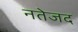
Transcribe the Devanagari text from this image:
नतेजद